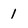
Character: 1